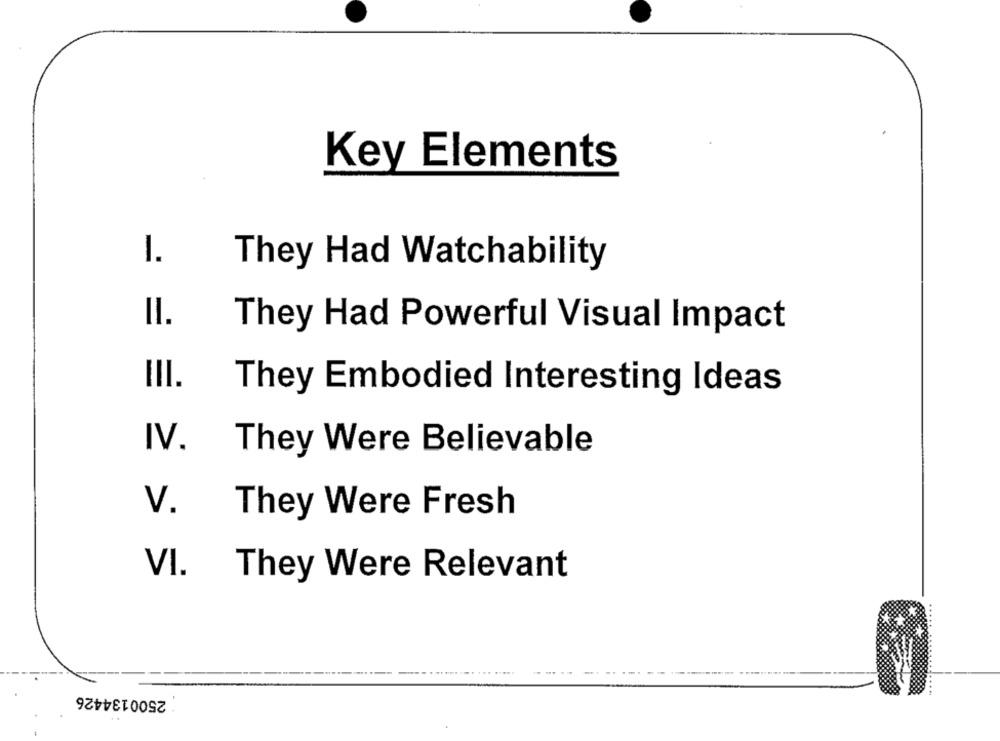
Key Elements
1.
They Had Watchability
II.
They Had Powerful Visual Impact
III.
They Embodied Interesting Ideas
IV.
They Were Believable
V.
They Were Fresh
VI.
They Were Relevant
-
2500134426